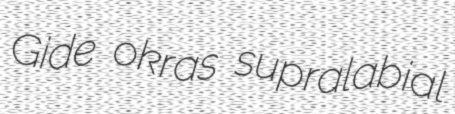
Gide okras supralabial